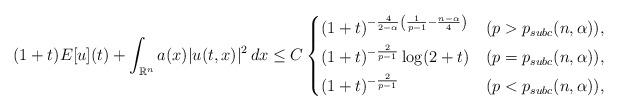
LaTeX: \begin{align*} (1+t)E[u](t) + \int_{\mathbb{R}^n} a(x) |u(t,x)|^2 \,dx &\le C \begin{dcases} (1+t)^{-\frac{4}{2-\alpha}\left( \frac{1}{p-1} - \frac{n-\alpha}{4} \right)} &(p > p_{subc}(n,\alpha)),\\ (1+t)^{-\frac{2}{p-1}} \log(2+t) &(p = p_{subc}(n,\alpha)),\\ (1+t)^{-\frac{2}{p-1}} &(p<p_{subc}(n,\alpha)), \end{dcases}\end{align*}